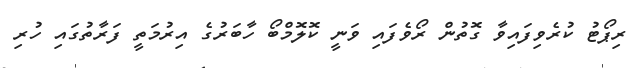
ރިޕޯޓު ކުރެވިފައިވާ ގޮތުން ރޯވެފައި ވަނީ ކޮލޮމްބޯ ހާބަރުގެ އިރުމަތީ ފަރާތުގައި ހުރި